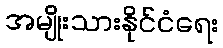
အမျိုးသားနိုင်ငံရေး